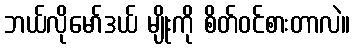
ဘယ်လိုမော်ဒယ် မျိုးကို စိတ်ဝင်စားတာလဲ။